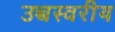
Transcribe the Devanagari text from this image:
उच्चस्वरीय